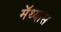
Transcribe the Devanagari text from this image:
मॅथ्यास